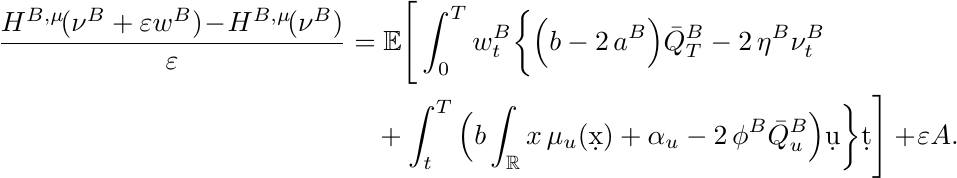
    \begin{align*}
         \frac{H^{B,\mu} \!(\nu^B+\varepsilon w^B)\! -\! H^{B,\mu}\! (\nu^B)}{\varepsilon} &=\mathbb E \Bigg[ \int_0^T w^B_t \bigg\{ \Big(b-2\,a^B \Big)\bar Q^B_T - 2\,\eta^B \nu^B_t\\
         &\quad + \int_t^T \Big(b\int_\mathbb R x\, \mu_u(\d x) + \alpha_u -2\,\phi^B \bar Q^B_u  \Big) \d u\bigg\} \d t  \Bigg]   +\! \varepsilon A.
    \end{align*}